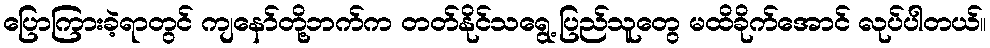
ပြောကြားခဲ့ရာတွင် ကျနော်တို့ဘက်က တတ်နိုင်သရွေ့ ပြည်သူတွေ မထိခိုက်အောင် လုပ်ပါတယ်။